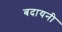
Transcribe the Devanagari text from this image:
बदायनी